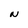
Character: N